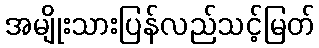
အမျိုးသားပြန်လည်သင့်မြတ်